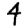
Digit: 4